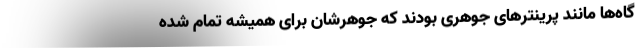
گاه‌ها مانند پرینترهای جوهری بودند که جوهرشان برای همیشه تمام شده